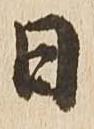
日